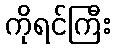
ကိုရင်ကြီး